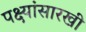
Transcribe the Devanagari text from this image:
पक्ष्यांसारखी